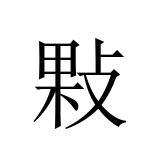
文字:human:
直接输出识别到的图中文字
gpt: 敤